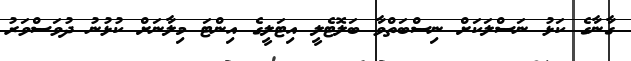
ގާނާގެ ކަޅު ނަސްލަކަށް ނިސްބަތްވާ ބަލޮޓެލީ އިޓަލީގެ އިންޓަ މިލާނަށް ކުޅުނު ދުވަސްވަރު